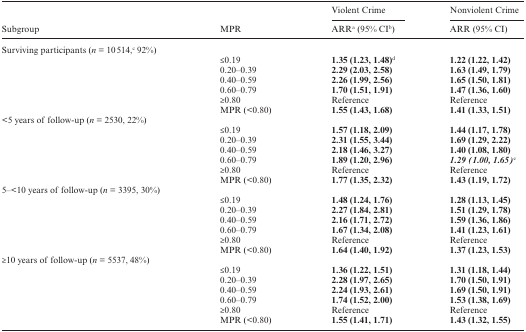
<table><thead><tr><td rowspan="2"><b>Subgroup</b></td><td rowspan="2"><b>MPR</b></td><td><b>Violent Crime</b></td><td><b>Nonviolent Crime</b></td></tr><tr><td><b>ARR<sup>a</sup> (95% CI<sup>b</sup>)</b></td><td><b>ARR (95% CI)</b></td></tr></thead><tbody><tr><td>Surviving participants (<i>n</i> = 10514,<sup>c</sup> 92%)</td><td></td><td></td><td></td></tr><tr><td></td><td>≤0.19</td><td><b>1.35 (1.23, 1.48</b>)<sup>d</sup></td><td><b>1.22 (1.22, 1.42</b>)</td></tr><tr><td></td><td>0.20–0.39</td><td><b>2.29 (2.03, 2.58</b>)</td><td><b>1.63 (1.49, 1.79</b>)</td></tr><tr><td></td><td>0.40–0.59</td><td><b>2.26 (1.99, 2.56</b>)</td><td><b>1.65 (1.50, 1.81</b>)</td></tr><tr><td></td><td>0.60–0.79</td><td><b>1.70 (1.51, 1.91</b>)</td><td><b>1.47 (1.36, 1.60</b>)</td></tr><tr><td></td><td>≥0.80</td><td>Reference</td><td>Reference</td></tr><tr><td></td><td>MPR (&lt;0.80)</td><td><b>1.55 (1.43, 1.68</b>)</td><td><b>1.41 (1.33, 1.51</b>)</td></tr><tr><td>&lt;5 years of follow-up (<i>n</i> = 2530, 22%)</td><td></td><td></td><td></td></tr><tr><td></td><td>≤0.19</td><td><b>1.57 (1.18, 2.09</b>)</td><td><b>1.44 (1.17, 1.78</b>)</td></tr><tr><td></td><td>0.20–0.39</td><td><b>2.31 (1.55, 3.44</b>)</td><td><b>1.69 (1.29, 2.22</b>)</td></tr><tr><td></td><td>0.40–0.59</td><td><b>2.18 (1.46, 3.27</b>)</td><td><b>1.40 (1.08, 1.80</b>)</td></tr><tr><td></td><td>0.60–0.79</td><td><b>1.89 (1.20, 2.96</b>)</td><td><b><i>1.29 (1.00, 1.65</i></b>)<sup>e</sup></td></tr><tr><td></td><td>≥0.80</td><td>Reference</td><td>Reference</td></tr><tr><td></td><td>MPR (&lt;0.80)</td><td><b>1.77 (1.35, 2.32</b>)</td><td><b>1.43 (1.19, 1.72</b>)</td></tr><tr><td>5–&lt;10 years of follow-up (<i>n</i> = 3395, 30%)</td><td></td><td></td><td></td></tr><tr><td></td><td>≤0.19</td><td><b>1.48 (1.24, 1.76</b>)</td><td><b>1.28 (1.13, 1.45</b>)</td></tr><tr><td></td><td>0.20–0.39</td><td><b>2.27 (1.84, 2.81</b>)</td><td><b>1.51 (1.29, 1.78</b>)</td></tr><tr><td></td><td>0.40–0.59</td><td><b>2.16 (1.71, 2.72</b>)</td><td><b>1.59 (1.36, 1.86</b>)</td></tr><tr><td></td><td>0.60–0.79</td><td><b>1.67 (1.34, 2.08</b>)</td><td><b>1.41 (1.23, 1.61</b>)</td></tr><tr><td></td><td>≥0.80</td><td>Reference</td><td>Reference</td></tr><tr><td></td><td>MPR (&lt;0.80)</td><td><b>1.64 (1.40, 1.92</b>)</td><td><b>1.37 (1.23, 1.53</b>)</td></tr><tr><td>≥10 years of follow-up (<i>n</i> = 5537, 48%)</td><td></td><td></td><td></td></tr><tr><td></td><td>≤0.19</td><td><b>1.36 (1.22, 1.51</b>)</td><td><b>1.31 (1.18, 1.44</b>)</td></tr><tr><td></td><td>0.20–0.39</td><td><b>2.28 (1.97, 2.65</b>)</td><td><b>1.70 (1.50, 1.91</b>)</td></tr><tr><td></td><td>0.40–0.59</td><td><b>2.24 (1.93, 2.61</b>)</td><td><b>1.69 (1.50, 1.91</b>)</td></tr><tr><td></td><td>0.60–0.79</td><td><b>1.74 (1.52, 2.00</b>)</td><td><b>1.53 (1.38, 1.69</b>)</td></tr><tr><td></td><td>≥0.80</td><td>Reference</td><td>Reference</td></tr><tr><td></td><td>MPR (&lt;0.80)</td><td><b>1.55 (1.41, 1.71</b>)</td><td><b>1.43 (1.32, 1.55</b>)</td></tr></tbody></table>